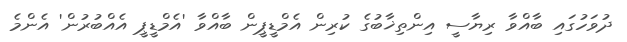
ދުވަހުގައި ބާއްވާ ރިޔާސީ އިންތިޚާބުގެ ކުރިން އެމްޑީޕީން ބާއްވާ 'އެމްޑީޕީ އެއްބުރުން' އެންމެ